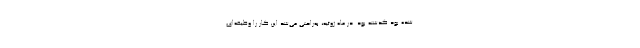
شده بود گذشته بود. در ماه ژوئیه، به‌راحتی می‌شد این کار را وظیفه‌ای